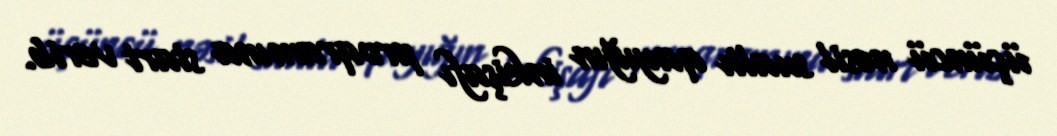
üçüncü nəsil sualtı qayığın inkişafı proqramına start verib.